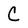
Character: C